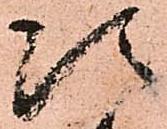
次